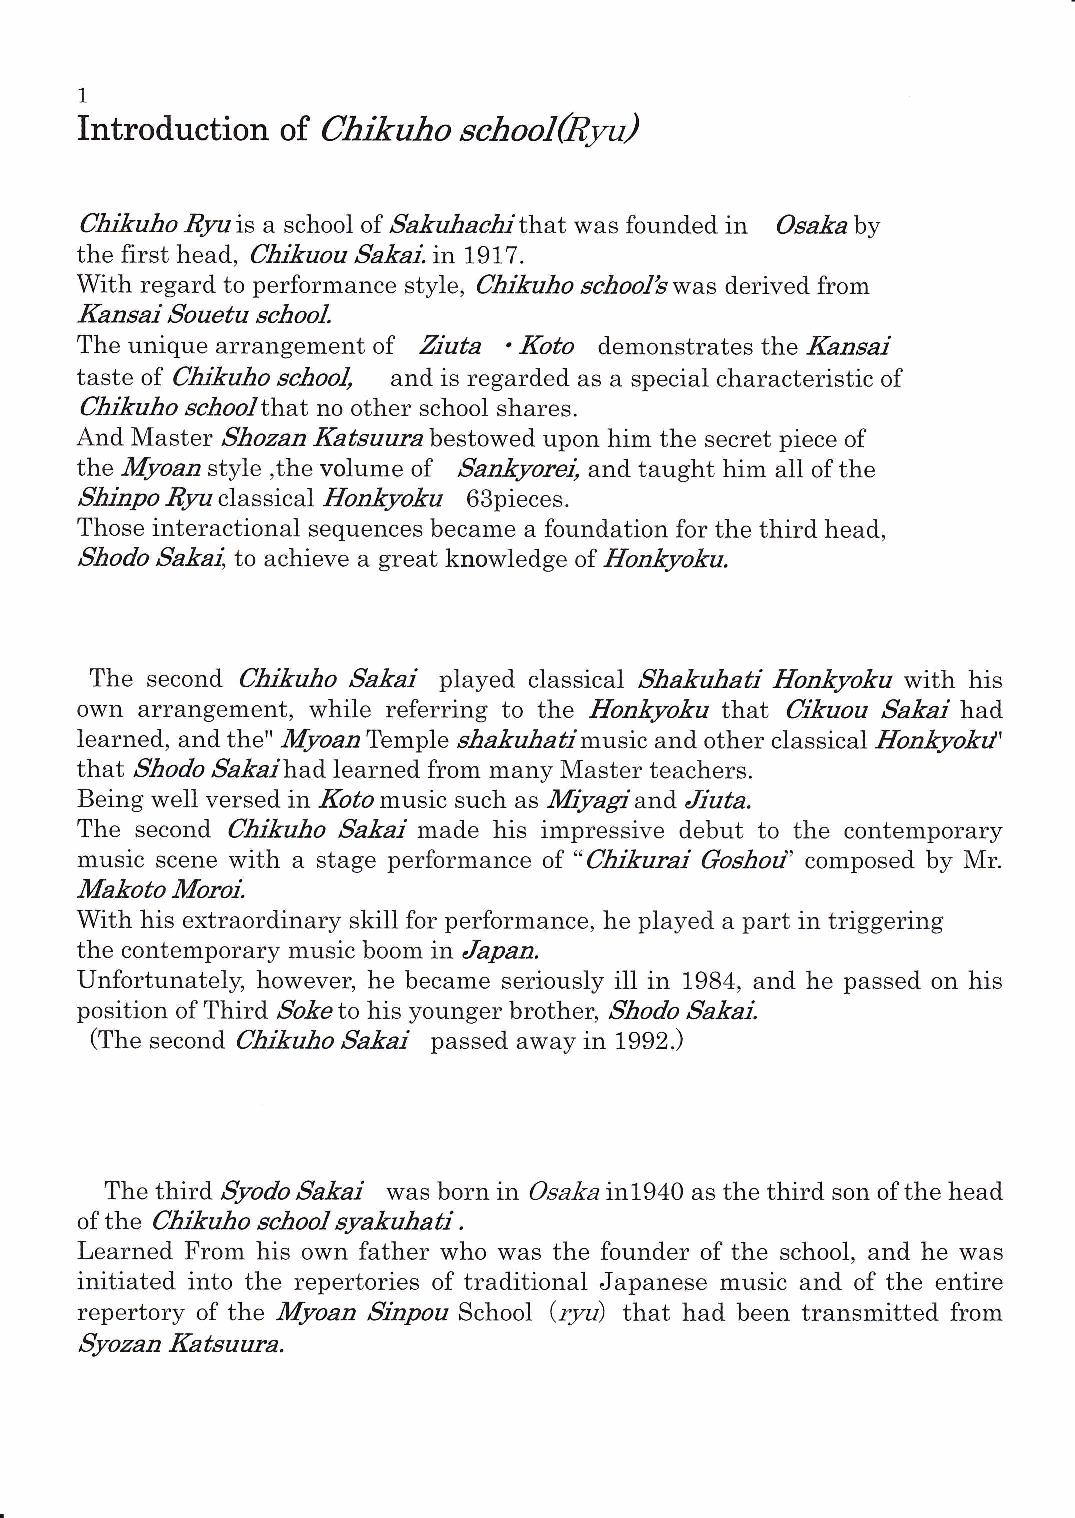
i時
 Introduction  of働ル励     θ5盪θ       →
 6乃二を″力ο ttiS a schoolof 6b■ ″力′ι乃ゴthat wasfoundedin θs′盪a by
 the first head,ι乃艦″ο″6レLゴ.in 1917.
 With regard to performance style,ι 乃艦″力οsぬ οダむwas derived from
 ん ″saゴ 助 ″θ′″sめoo■
 .
 The unique arrangement of 乏″″ ・Zb虎, demonstrates the」κb″s′ゴ
 "
 taste of ιZ産″力ο schο″ and is regarded as a special characteristic of
 ι乃二と″力ο  力ο″that no other school shares.
 6ι
 And NIaster Shoza″ 』02zむ″遭abestowed upon hiln the secret piece of
 the物     style,the volume of 6b―
 ″                          and taught hiln all ofthe
 6隆二■ρο」P/υ classical肋″ 4ァaを″ 63pieces.
 Those interactional sequences became a foundation for the third head,
 Shοあ SabitO achieve a great knowledge of助″ 4ァoとこ
 The second ι乃艦励ο6b盪′ゴ  played classical Sha■励′″五ゐ "靱 ″With his
 own arrangement, while referring to the 物 ムァaを″that `Lと″ο″6♭盪′ゴhad
 learned,and the"物″Temple sめ′力″力′ム′Inusic and other classical肋 ″ムァaをノ
 '
 that Sttοdb Sakaihad learned from many Wlaster teachers.
 Being well versed in施ねmusic such as Z砕 and Л″″
 :ノ
 .
 The second ιZ″″力ο5レ■2ゴ lnade his impressive debut to the contemporary
 music scene with a stage perforlnance of“ 圧々″″ゴ勧 ο′'composed by WIr.
 ko"″
 挽       レ滅                        `老
 With his extraordinary skill for performance,he played a part in triggering
 the contemporary music boom in Japan.
 Unfortunately howevet he became seriously ill in 1984,and he passed on his
 position of Third Soketo his younger brothe■ 6隆οd♭ Sakai.
 (The secOnd θ多艦″力ο6レ盪′ゴ passed away in 1992.)
 Thethird ttd♭  ′ゴ was bOrn in Dsa女′in1940 as the third son ofthe head
 of the`あ』どυめοsぬ`οb〔ノ盪syahh′
 J」i。
 Learned Froln his own father who was the founder of the school,and he was
 initiated into the repertories of traditional」 apanese music and of the entire
 repertory of the物 ″珈    ″SCh001(7め  that had been transmitted from
 輌    ″ル  お″確
 "″          .